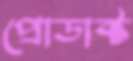
প্রোডাক্ট